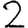
Digit: 2